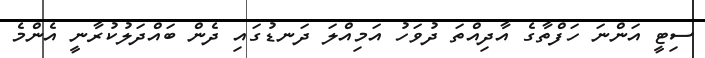
ސިޓީ އަންނަ ހަފްތާގެ އާދިއްތަ ދުވަހު އަމިއްލަ ދަނޑުގައި ދެން ބައްދަލުކުރާނީ އެންމެ